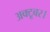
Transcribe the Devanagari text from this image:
अक्टूबर।